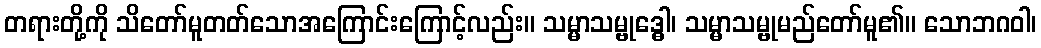
တရားတို့ကို သိတော်မူတတ်သောအကြောင်းကြောင့်လည်း။ သမ္မာသမ္ဗုဒ္ဓေါ၊ သမ္မာသမ္ဗုမည်တော်မူ၏။ သောဘဂဝါ၊